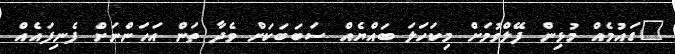
"ގައުމެއް މުޅިން ފޭލްވުމަށް މިކަހަލަ ބައްޔެއް ސަބަބަކަށް ވެދާ ތަން އަހަންނަށް ފެނިފައެއް